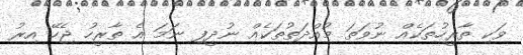
ވަކި ތާރީހުތަކެއް ނުވަތަ މުއްދަތުތަކެއް ނުދީފި ނަމަ އެ ތާރީހު ޖެހޭ އިރު